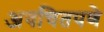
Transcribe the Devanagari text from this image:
अवचितपणे